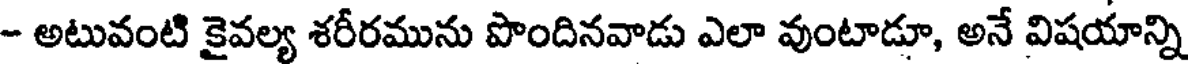
- అటువంటి కైవల్య శరీరమును పొందినవాడు ఎలా వుంటాడూ, అనే విషయాన్ని